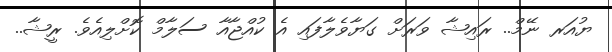
ޔުއަރ ނޭމް.. ރައިޝާ ވަަރަށް ގަޔާވެލާފައި އެ ކުއްޖާއާ ސަލާމް ކޮށްލިއެވެ. ރީޝާ..